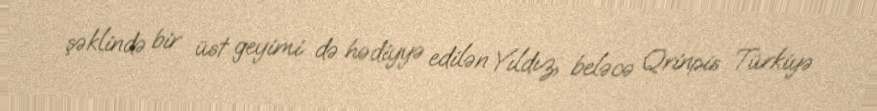
şəklində bir üst geyimi də hədiyyə edilən Yıldız, beləcə Qrinpis Türkiyə